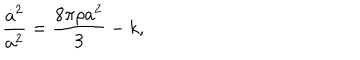
{ \frac { \dot { a } ^ { 2 } } { a ^ { 2 } } } = \frac { 8 \pi \rho a ^ { 2 } } { 3 } - k ,